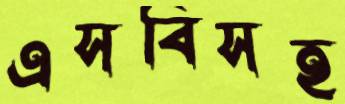
এসবিসহ